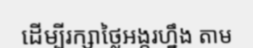
ដើម្បីរក្សាថ្លៃអង្ករហ្នឹង តាម